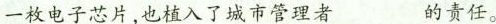
一枚电子芯片，也植入了城市管理者___的责任。